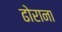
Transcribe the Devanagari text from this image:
ढोराना